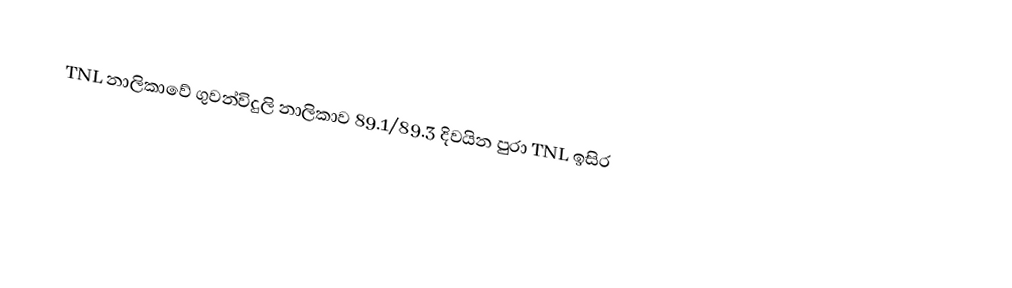
TNL නාලිකාවේ ගුවන්විදුලි නාලිකාව 89.1/89.3 දිවයින පුරා TNL ඉසිර